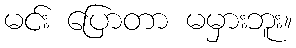
မင်း ပြောတာ မမှားဘူး။